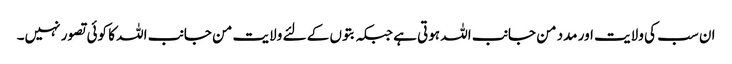
ان سب کی ولایت اور مدد من جانب اللہ ہوتی ہے جبکہ بتوں کے لئے ولایت من جانب اللہ کا کوئی تصور نہیں۔